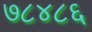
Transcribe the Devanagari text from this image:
७८४८६